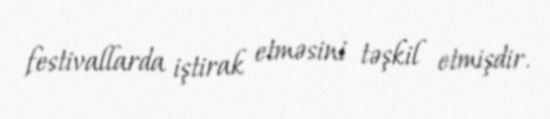
festivallarda iştirak etməsini təşkil etmişdir.